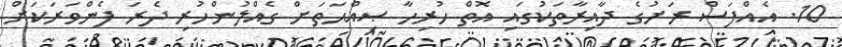
10. އެއްފަސް ރަށުގެ ދާއިރާތަކުގައި އޮތް ހުރިހާ ޞިއްޙަތަށް ގެއްލުންހުރި ދެރަ ފެންވަރަކަށް